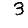
Digit: 3